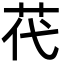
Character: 䒫